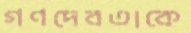
গণদেবতাকে